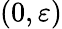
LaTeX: (0,\varepsilon)